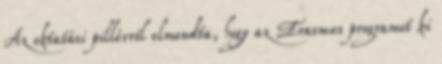
Az oktatási pillérről elmondta, hogy az Erasmus programot ki